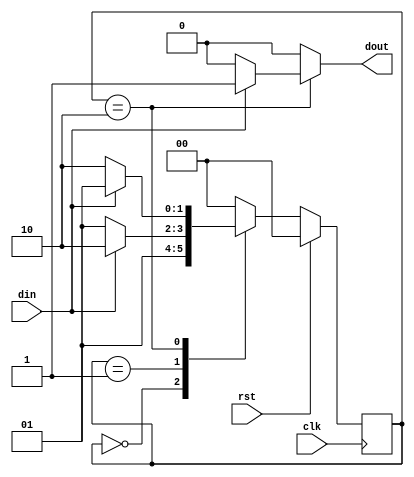
`timescale 1ns / 1ps
//////////////////////////////////////////////////////////////////////////////////
// Company: 
// Engineer: 
// 
// Design Name: 
// Module Name: mealy_FSM_2_process
// Project Name: 
// Target Devices: 
// Tool Versions: 
// Description: 
// 
// Dependencies: 
// 
// Revision:
// Revision 0.01 - File Created
// Additional Comments:
// 
//////////////////////////////////////////////////////////////////////////////////


module mealy_FSM_2_process(
    input clk,
    input rst,
    input din,
    output reg dout
    );
    
    parameter idle=0;
    parameter s0=1;
    parameter s1=2;
    
    reg [1:0] state,nstate;
    
    ////////Reset logic/////////
    
    always@(posedge clk)
    begin
    if(rst==1'b1)   state<=idle;
    else            state<=nstate;
    end
    
    ////////Output decoder + Next State Decoder/////////
    
    always@(state,din)
    begin
    case(state)
    idle:   begin
            if(rst==1'b1)
                begin
                nstate=idle;
                dout=1'b0;
                end
            else
                begin
                nstate=s0;
                dout=1'b0;
                end
            end             
    s0:     begin
            if(din==1'b1)
                   begin
                   nstate=s1;
                   dout=1'b0;
                   end
            else   
                    begin
                    nstate=s0;
                    dout=1'b0;
                    end
            end
    s1:     begin
            if(din==1'b1)
                    begin
                    nstate=s0;
                    dout=1'b1;
                    end
            else
                    begin
                    nstate=s1;
                    dout=1'b0;
                    end
            end
     default: begin
              dout=1'b0;
              nstate=idle;
              end
       endcase
       end         
endmodule